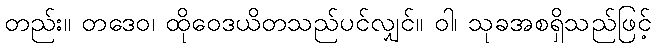
တည်း။ တဒေဝ၊ ထိုဝေဒယိတသည်ပင်လျှင်။ ဝါ၊ သုခအစရှိသည်ဖြင့်